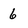
Character: 6